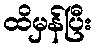
ထိမှန်ပြီး